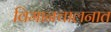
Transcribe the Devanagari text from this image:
विमानचालनात